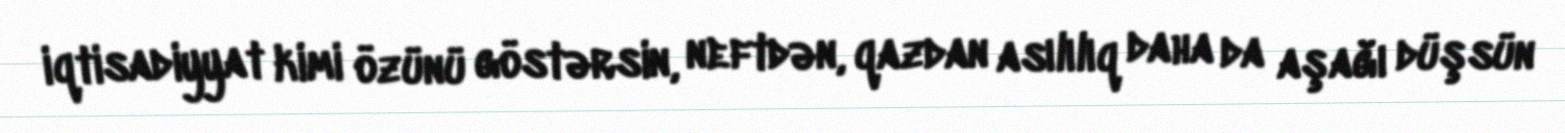
iqtisadiyyat kimi özünü göstərsin, neftdən, qazdan asılılıq daha da aşağı düşsün